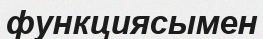
функциясымен